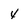
Character: 4